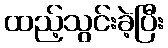
ထည့်သွင်းခဲ့ပြီး